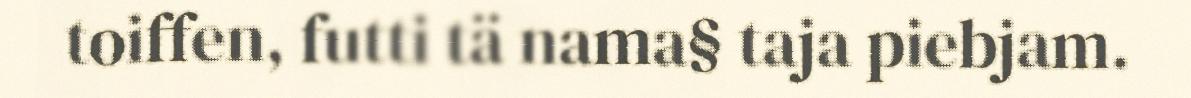
toiffen, futti tä nama§ taja piebjam.